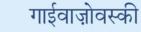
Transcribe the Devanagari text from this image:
गाईवाज़ोवस्की